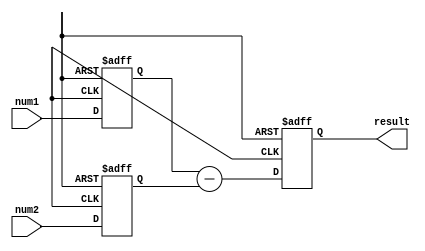
module subtractor (
    input [15:0] num1, // input fixed-point number 1
    input [15:0] num2, // input fixed-point number 2
    output reg [15:0] result // output result of subtraction
);

reg [15:0] temp_num1;
reg [15:0] temp_num2;

always @ (posedge clk or negedge rst) begin
    if (!rst) begin
        temp_num1 <= 16'd0;
        temp_num2 <= 16'd0;
        result <= 16'd0;
    end else begin
        temp_num1 <= num1;
        temp_num2 <= num2;
        result <= temp_num1 - temp_num2;
    end
end

endmodule